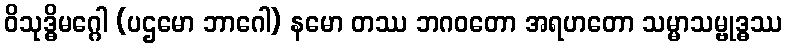
ဝိသုဒ္ဓိမဂ္ဂေါ (ပဌမော ဘာဂေါ) နမော တဿ ဘဂဝတော အရဟတော သမ္မာသမ္ဗုဒ္ဓဿ